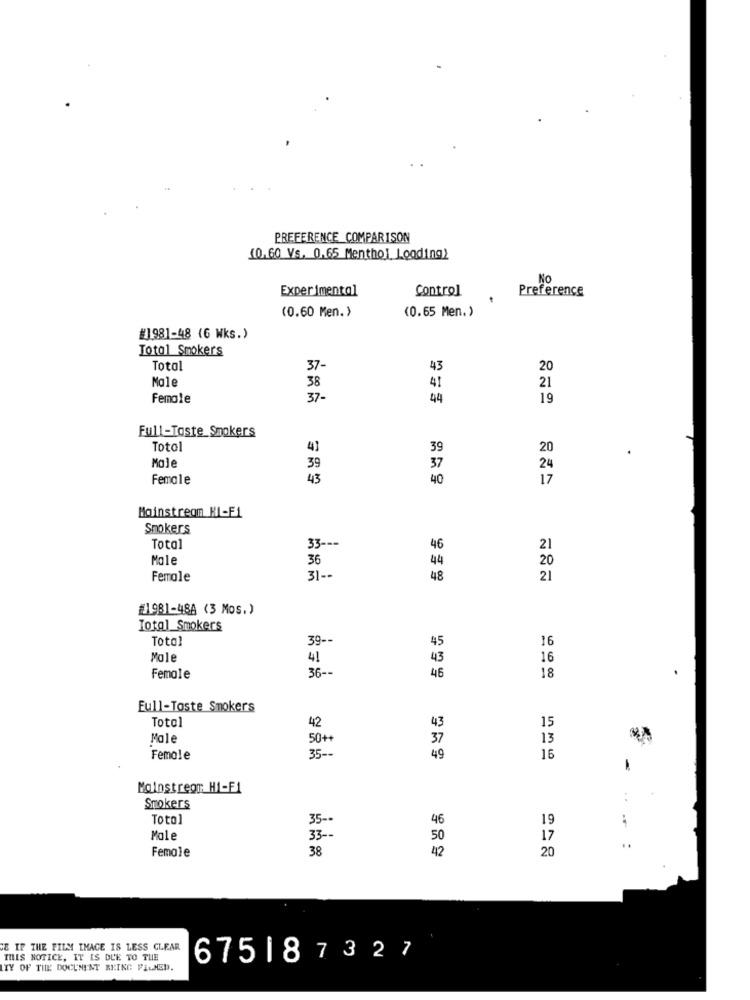
PREFERENCE COMPARISON
10.60 Vs. 0.65 Menthol Loading)
No
Experimental
Control
Preference
(0.65 Men.)
(0.60 Men. )
#]981-48 (G Wks.)
Total Smokers
Total
37-
43
20
Male
38
41
21
Female
37-
44
19
Full-Taste_Smokers
Totol
41
39
20
Mole
39
37
24
Female
43
40
17
Mainstream HI-Fi
Smokers
33 ---
Total
46
21
Mole
36
44
20
Female
31 --
48
21
#1981-48A (3 Mos.)
Total Smokers
Total
39 --
16
45
Mole
41
43
16
36 --
46
Female
18
Full-Toste Smokers
Total
42
43
15
Mole
50++
37
13
Female
35 --
49
16
Mainstream H1-F1
Smokers
Totol
35 --
46
19
Mole
33 --
50
17
Female
38
42
20
CE IF THE FILM IMAGE IS LESS CLEAR
THIS NOTICE, IT IS DUE TO THE
675187327
ITY OF THE DOCUMENT BEING FILMED.